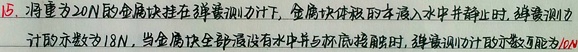
15. 重为\(20N\)的金属块挂在弹簧测力计下，金属块体积的一半浸入水中并静止时，弹簧测力计示数为\(18N\)，当金属块全部浸没在水中并与杯底接触时，弹簧测力计示数可能为\(10N\) 。